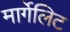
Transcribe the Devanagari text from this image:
मार्गेलिट